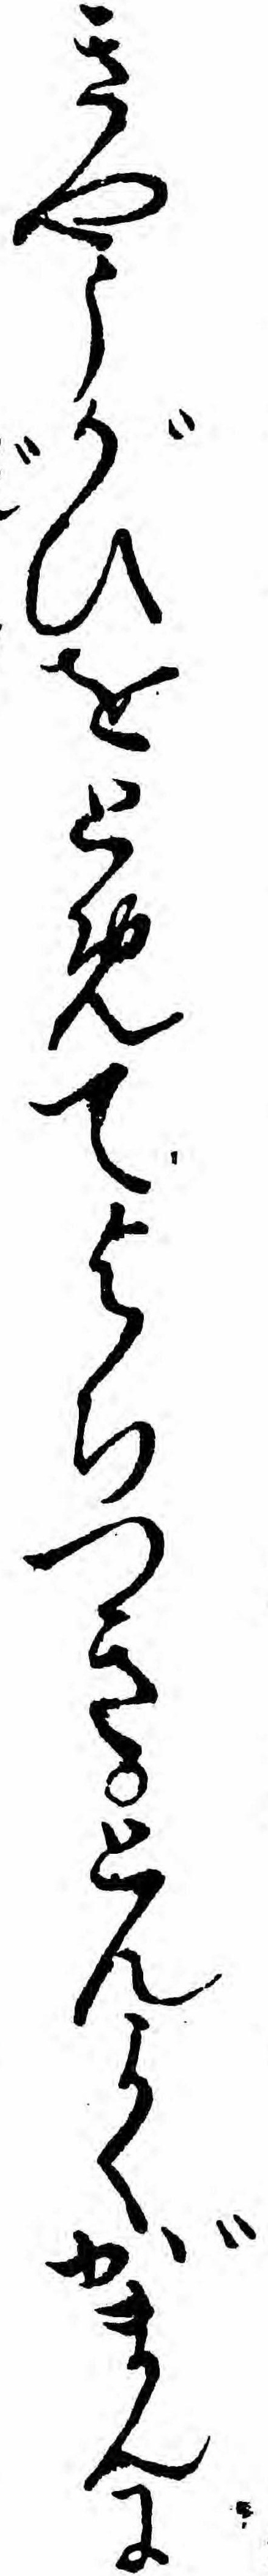
きやうがひをとめてよりつきとんよくがまんに